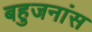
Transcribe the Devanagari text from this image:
बहुजनांस